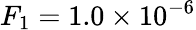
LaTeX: F_{1}=1.0\times 10^{-6}